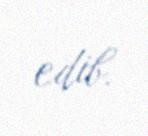
edib.